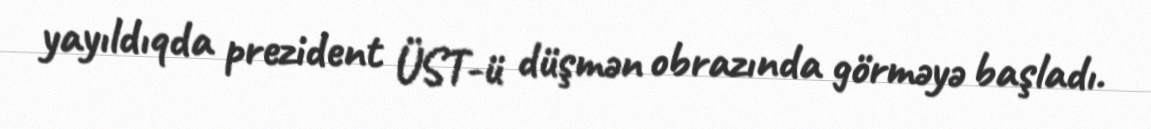
yayıldıqda prezident ÜST-ü düşmən obrazında görməyə başladı.